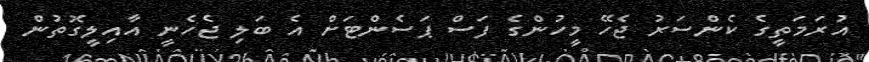
އުރަމަތީގެ ކެންސަރު ޖެހޭ މީހުންގެ ފަސް ޕަސެންޓަށް އެ ބަލި ޖެހެނީ އާއިލީގޮތުން